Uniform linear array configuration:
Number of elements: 64
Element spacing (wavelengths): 0.75
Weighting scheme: binomial
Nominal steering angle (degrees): -60
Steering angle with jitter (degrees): -58.54
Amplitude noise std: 0.05
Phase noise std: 0.05

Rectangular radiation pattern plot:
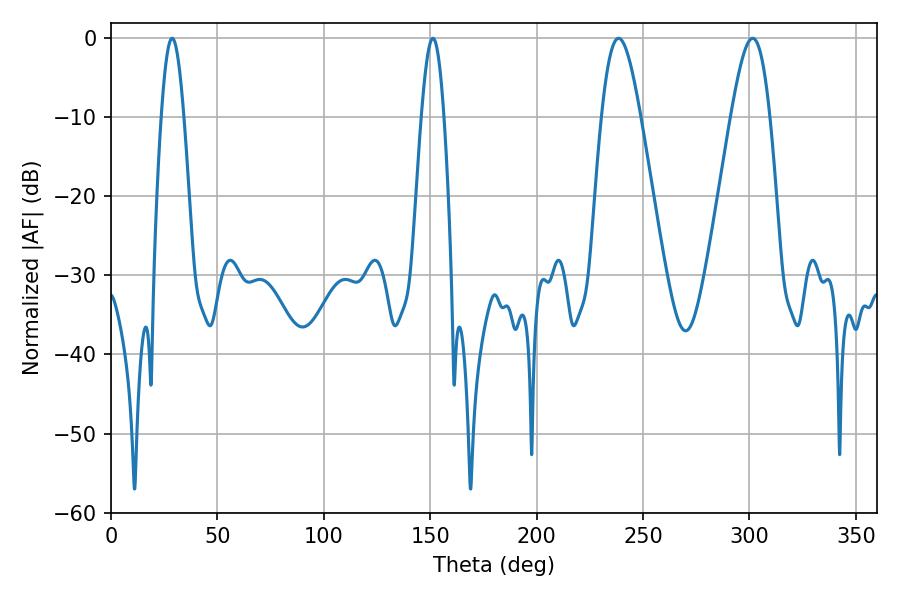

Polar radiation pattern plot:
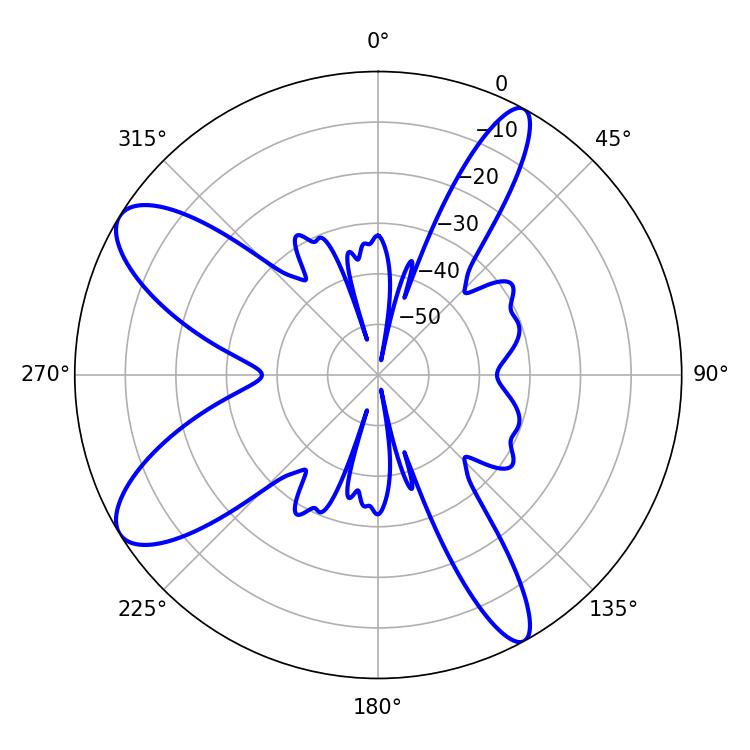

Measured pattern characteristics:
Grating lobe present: TRUE
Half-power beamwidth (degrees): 9.72
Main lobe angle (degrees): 238.5